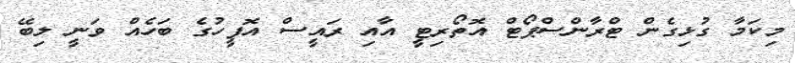
މިކަމާ ގުޅިގެން ޓްރާންސްޕޯޓް އޮތޯރިޓީ އާއި ރައީސް އޮފީހުގެ ބަހެއް ވަނީ ލިބޭ